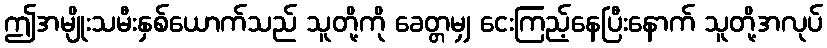
ဤအမျိုးသမီးနှစ်ယောက်သည် သူတို့ကို ခေတ္တမျှ ငေးကြည့်နေပြီးနောက် သူတို့အလုပ်